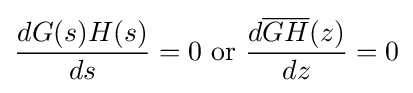
{\frac {dG(s)H(s)}{ds}}=0{\text{ or }}{\frac {d{\overline {GH}}(z)}{dz}}=0